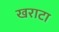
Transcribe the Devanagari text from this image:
खराटा